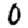
Digit: 0